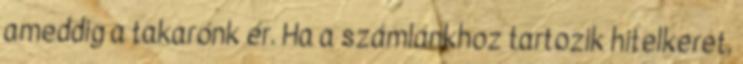
ameddig a takarónk ér. Ha a számlánkhoz tartozik hitelkeret,